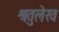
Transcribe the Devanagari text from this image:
श्रतुलेख